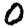
Digit: 0